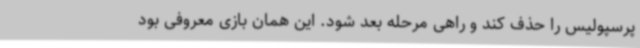
پرسپولیس را حذف کند و راهی مرحله بعد شود. این همان بازی معروفی بود